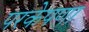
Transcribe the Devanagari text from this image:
परकेपणा